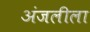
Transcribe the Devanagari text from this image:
अंजलीला